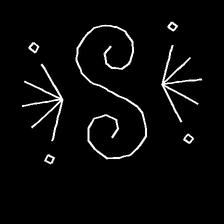
Glyph: aeroform